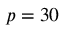
\ensuremath { p } = 3 0